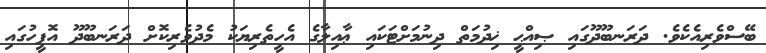
ބޭސްވެރިއެކެވެ. ދަރަނބޫދޫގައި ޞިއްޙީ ޚިދުމަތް ދިނުމަށްޓަކައި ޢާއިލާގެ އެހީތެރިޔަކު މެދުވެރިކޮށް ދަރަނބޫދޫ އޮފީހުގައި